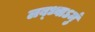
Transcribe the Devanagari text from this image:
लब्ध्वाऽमुं